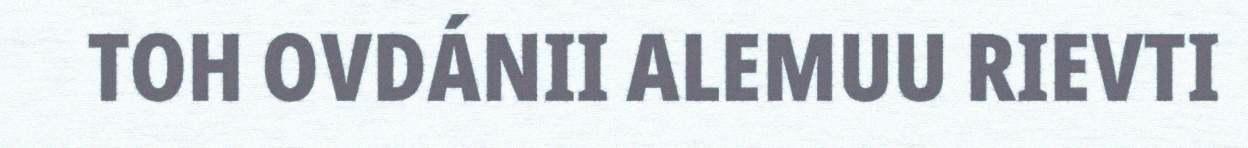
TOH OVDÁNII ALEMUU RIEVTI